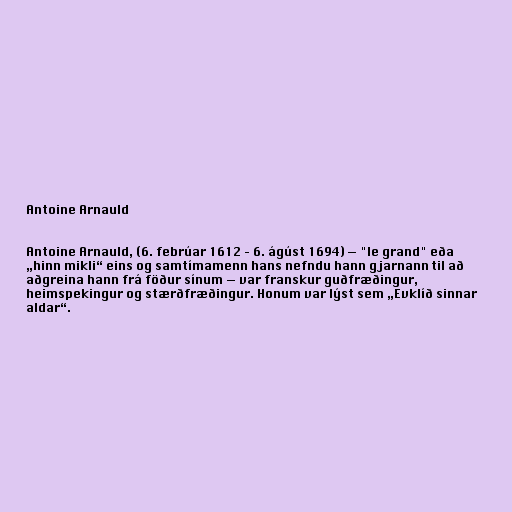
Antoine Arnauld

Antoine Arnauld, (6. febrúar 1612 – 6. ágúst 1694) — "le grand" eða
„hinn mikli“ eins og samtímamenn hans nefndu hann gjarnann til að
aðgreina hann frá föður sínum — var franskur guðfræðingur,
heimspekingur og stærðfræðingur. Honum var lýst sem „Evklíð sinnar
aldar“.